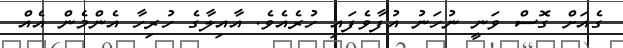
ގެއަށް ގޮސް ވަނީ ނުހަނު އުފާވެފައި ހުރެއެވެ. އާއިލާގެ ހުރިހާ އެންމެން އެއް